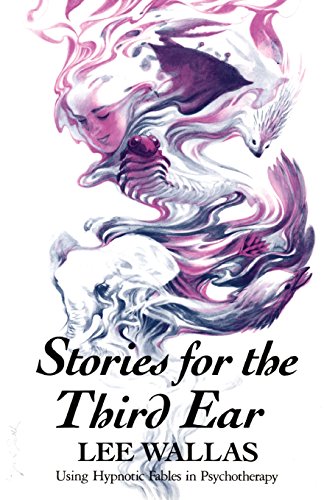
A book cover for Stories for the Third Ear: Using Hypnotic Fables in Psychotherapy; Lee Wallas; Health, Fitness & Dieting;